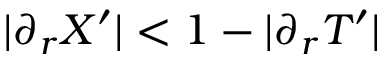
| \partial _ { r } X ^ { \prime } | < 1 - | \partial _ { r } T ^ { \prime } |